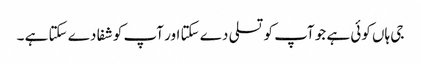
جی ہاں کوئی ہے جو آپ کو تسلی دے سکتا اور آپ کو شفا دے سکتا ہے ۔